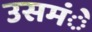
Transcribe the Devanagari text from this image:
उसमंे